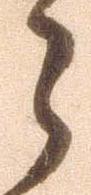
之